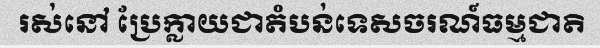
រស់នៅ ប្រែក្លាយជាតំបន់ទេសចរណ៍ធម្មជាតិ